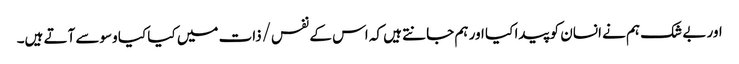
اور بے شک ہم نے انسان کو پیدا کیا اور ہم جانتے ہیں کہ اس کے نفس/ذات میں کیا کیا وسوسے آتے ہیں۔